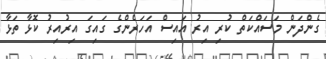
ގެންދަން މަސައްކަތް ކުރި އިރު އައިސް އަހަރެންގެ ގައިގަ އިރުއިރު ކޮޅާ ތަޅާ